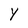
Character: y